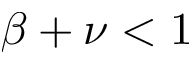
\beta + \nu < 1